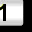
Digit: 1